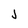
Character: j